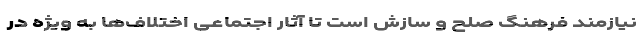
نیازمند فرهنگ صلح و سازش است تا آثار اجتماعی اختلاف‌ها به ویژه در